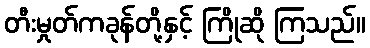
တီးမှုတ်ကခုန်တို့နှင့် ကြိုဆို ကြသည်။